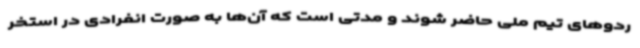
ردوهای تیم ملی حاضر شوند و مدتی است که آن‌ها به صورت انفرادی در استخر